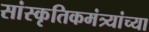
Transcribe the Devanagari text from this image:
सांस्कृतिकमंत्र्यांच्या